Civil Veterinary Dept. Bombay admin report 1893-99 - 1893-1899
Year: 1893
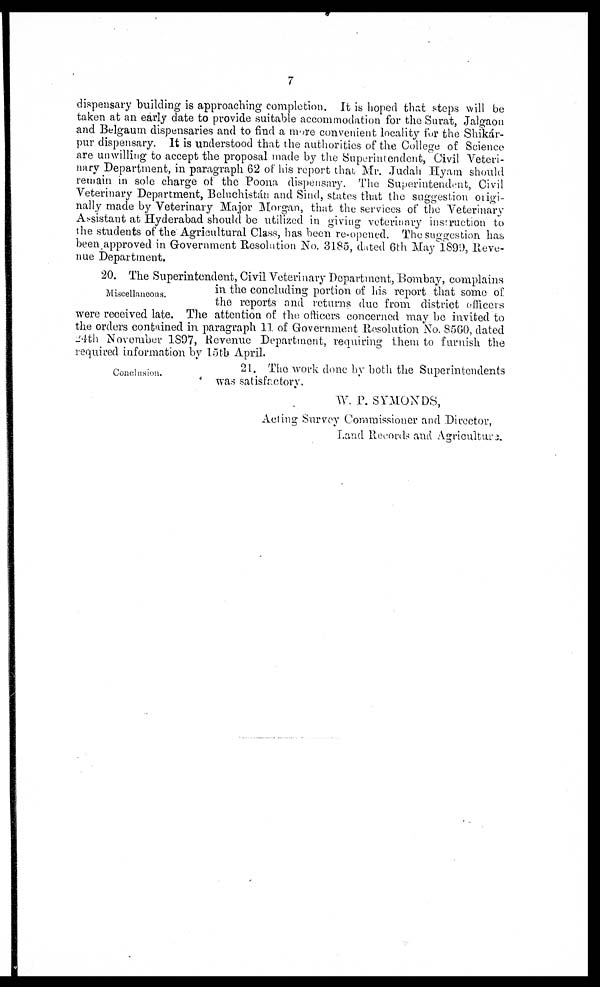
7
dispensary building is approaching completion. It is hoped that steps will be
taken at an early date to provide suitable accommodation for the Surat, Jalgaon
and Belgaum dispensaries and to find a more convenient locality for the Shikár¬
pur dispensary. It is understood that the authorities of the College of Science
are unwilling to accept the proposal made by the Superintendent, Civil Veteri-
nary Department, in paragraph 62 of his report that Mr. Judah Hyam should
remain in sole charge of the Poona dispensary. The Superintendent, Civil
Veterinary Department, Beluchistán and Sind, states that the suggestion origi-
nally made by Veterinary Major Morgan, that the services of the Veterinary
Assistant at Hyderabad should be utilized in giving veterinary instruction to
the students of the Agricultural Class, has been re-opened. The suggestion has
been approved in Government Resolution No. 3185, dated 6th May 1899, Reve-
nue Department.
Miscellaneous.
20. The Superintendent, Civil Veterinary Department, Bombay, complains
in the concluding portion of his report that some of
the reports and returns due from district officers
were received late. The attention of the officers concerned may be invited to
the orders contained in paragraph 11 of Government Resolution No. 8560, dated
24th November 1897, Revenue Department, requiring them to furnish the
required information by l5th April.
Conclusion.
21. The work done by both the Superintendents
was satisfactory.
W. P. SYMONDS,
Acting Survey Commissioner and Director,
Land Records and Agriculture.